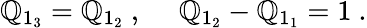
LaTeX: \mathbb{Q}_{1_{3}}=\mathbb{Q}_{1_{2}}~,~~~~~\mathbb{Q}_{1_{2}}-\mathbb{Q}_{1_{1}}=1~.